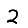
Digit: 2